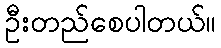
ဦးတည်စေပါတယ်။